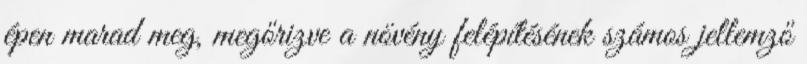
épen marad meg, megőrizve a növény felépítésének számos jellemző